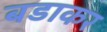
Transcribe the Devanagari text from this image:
बडाकर